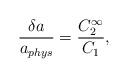
LaTeX: \begin{align*}\frac{\delta a}{a_{phys}}=\frac{C_2^{\infty}}{C_1},\end{align*}